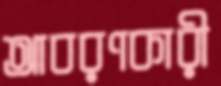
আবরণকারী